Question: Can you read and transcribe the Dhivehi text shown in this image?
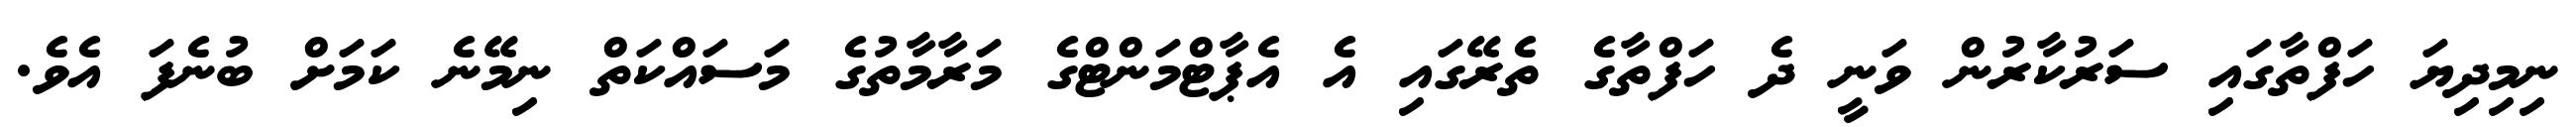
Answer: ނިމިދިޔަ ހަފްތާގައި ސަރުކާރުން ވަނީ ދެ ހަފްތާގެ ތެރޭގައި އެ އެޕާޓްމަންޓްގެ މަރާމާތުގެ މަސައްކަތް ނިމޭނެ ކަމަށް ބުނެފަ އެވެ.